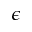
\epsilon